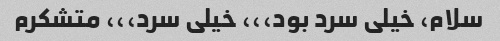
سلام، خیلی سرد بود،،، خیلی سرد،،، متشکرم